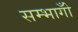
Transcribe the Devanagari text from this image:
सम्भागोँ